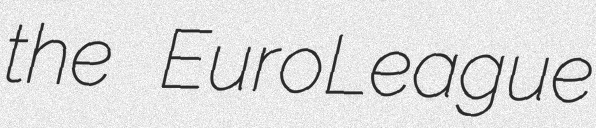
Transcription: the EuroLeague